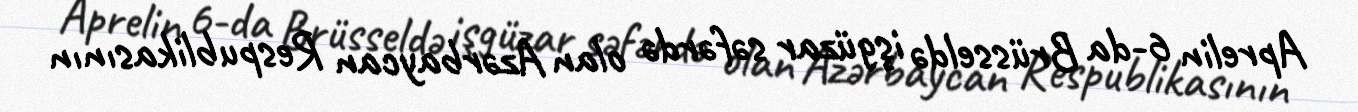
Aprelin 6-da Brüsseldə işgüzar səfərdə olan Azərbaycan Respublikasının